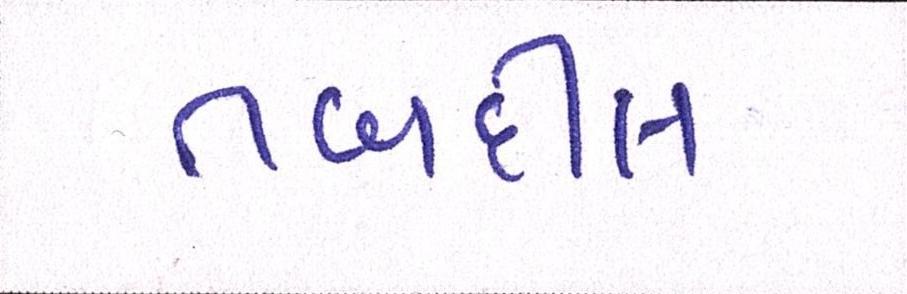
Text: તબદીલ